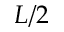
L / 2